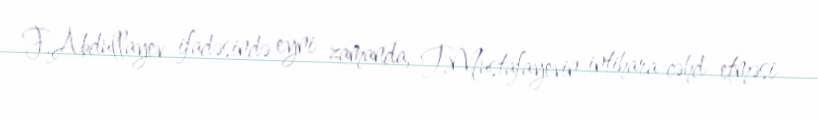
F.Abdullayev ifadəsində eyni zamanda, T.Mustafayevin intihara cəhd etməsi